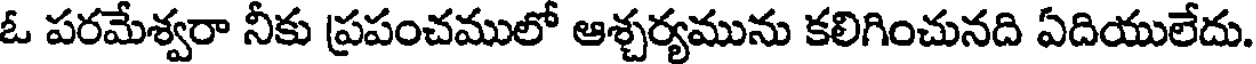
ఓ పరమేశ్వరా నీకు ప్రపంచములో ఆశ్చర్యమును కలిగించునది ఏదియులేదు.